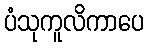
ပံသုကူလိကာပေ